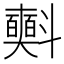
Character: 𣂐